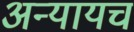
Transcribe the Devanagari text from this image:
अन्यायच